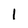
Character: l